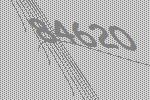
84620